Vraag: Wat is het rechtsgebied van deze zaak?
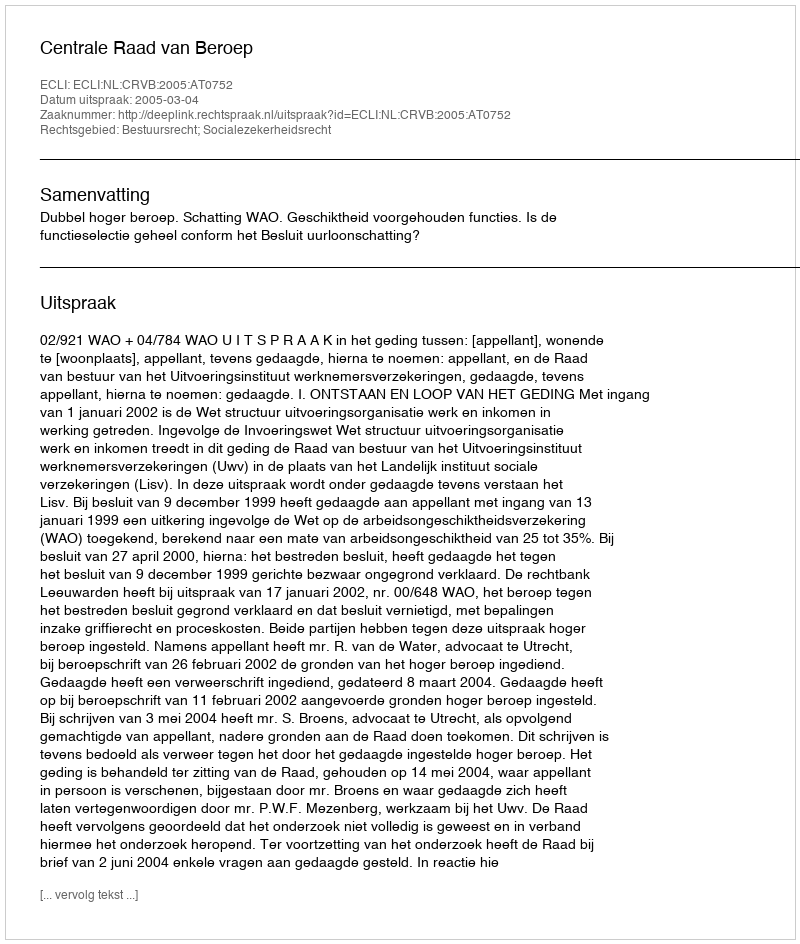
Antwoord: Bestuursrecht; Socialezekerheidsrecht